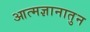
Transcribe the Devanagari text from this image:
आत्मज्ञानातुन